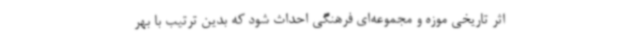
اثر تاریخی موزه و مجموعه‌ای فرهنگی احداث شود که بدین ترتیب با بهر